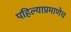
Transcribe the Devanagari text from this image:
पहिल्याप्रमाणेच